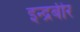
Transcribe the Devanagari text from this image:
इन्द्रबीर